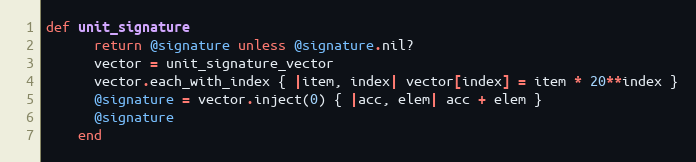
Language: Ruby
def unit_signature
      return @signature unless @signature.nil?
      vector = unit_signature_vector
      vector.each_with_index { |item, index| vector[index] = item * 20**index }
      @signature = vector.inject(0) { |acc, elem| acc + elem }
      @signature
    end